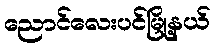
ညောင်လေးပင်မြို့နယ်